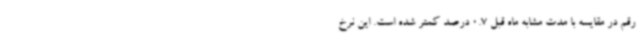
رقم در مقایسه با مدت مشابه ماه قبل 0.7 درصد کمتر شده است. این نرخ